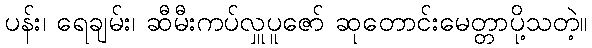
ပန်း၊ ရေချမ်း၊ ဆီမီးကပ်လှူပူဇော် ဆုတောင်းမေတ္တာပို့သတဲ့။